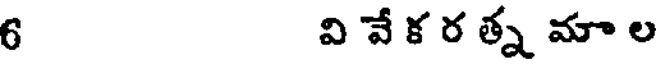
6 వి వే క ర త్న మా ల